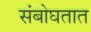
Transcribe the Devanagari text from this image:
संबोघतात